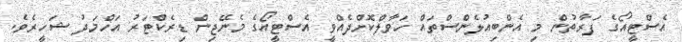
އެސްޓީއޯގެ ފަރާތުން މި އެންބިއުލެންސްތައް ހަވާލްކޮށްދެއްވީ އެސްޓީއޯގެ މެނޭޖިން ޑިރެކްޓަރު އަހްމަދު ޝަހީރެވެ.